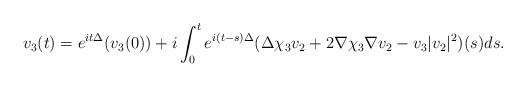
\begin{align*}v_{3}(t)=e^{it\Delta}(v_{3}(0))+i\int_{0}^{t}e^{i(t-s)\Delta}(\Delta \chi_{3} v_{2}+2\nabla \chi_{3}\nabla v_{2}-v_{3}|v_{2}|^{2})(s)ds.\end{align*}